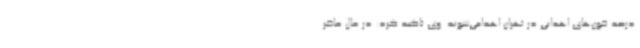
درصد خون‌های اهدایی در تهران اهدامی‌شوند. وی تاکید کرد: در حال حاضر